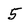
Character: 5